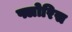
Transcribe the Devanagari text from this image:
फ्लोरिस